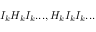
I _ { k } H _ { k } I _ { k } . . . , H _ { k } I _ { k } I _ { k } . . .